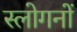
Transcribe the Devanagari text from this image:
स्लोगनों